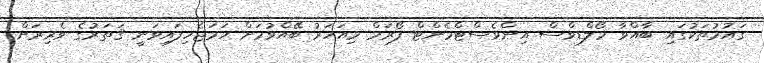
ގައުމުތަކުގައި ބާއްވާ މޯލްޑިވްސް އިންވެސްޓްމެންޓް ފޯރަމް މިއަހަރު ބޭއްވުމަށް ހަމަޖެހިފައިވަނީ ޤަތަރުގެ ވެރިރަށް